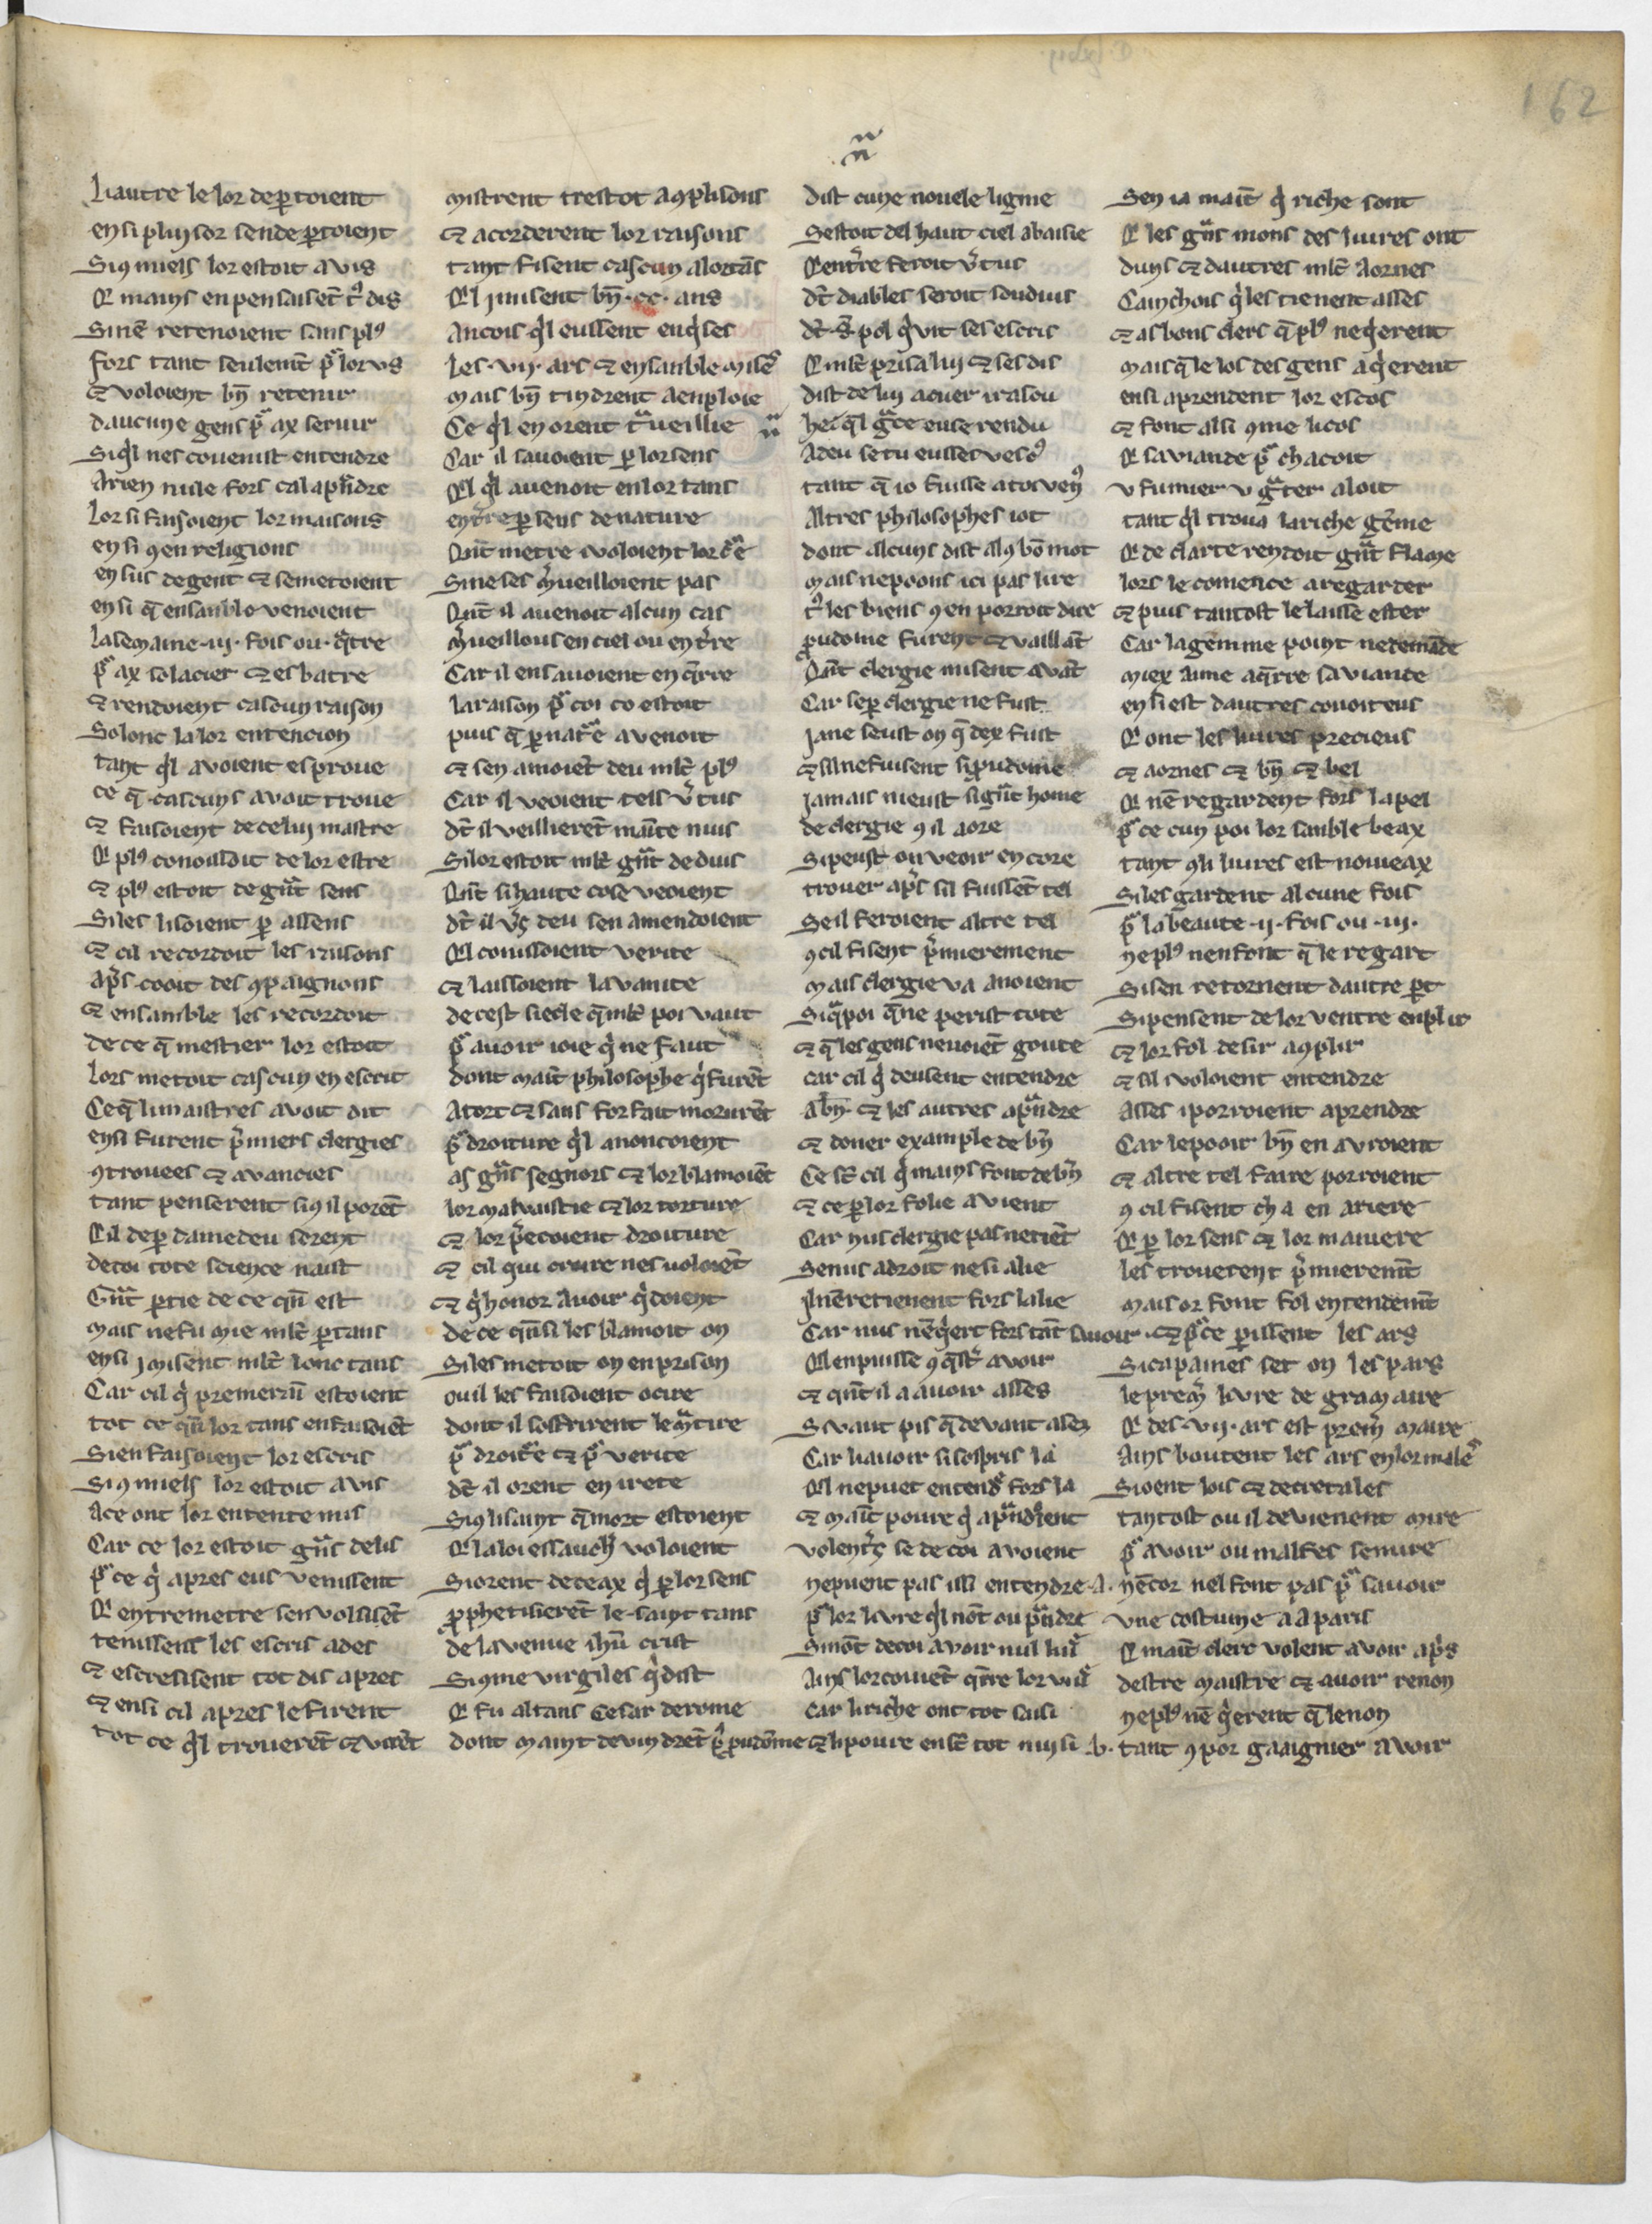
Shelfmark: Paris, BnF, Arsenal 3516
Century: 13